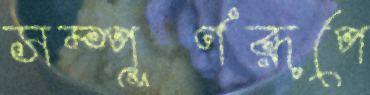
সম্পূর্ণরূপে